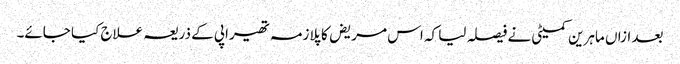
بعد ازاں ماہرین کمیٹی نے فیصلہ لیا کہ اس مریض کا پلازمہ تھیراپی کے ذریعہ علاج کیا جائے۔